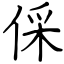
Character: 倸